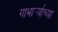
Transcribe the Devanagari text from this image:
गाभार्र्‍याच्या